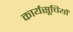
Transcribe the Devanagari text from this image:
कार्यसूचियों